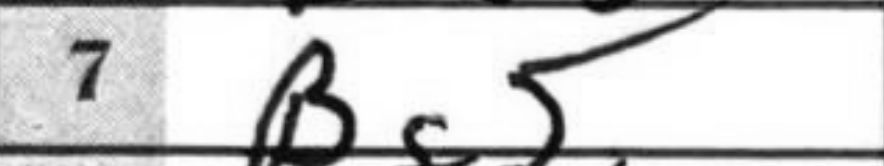
Transcription: Bg5